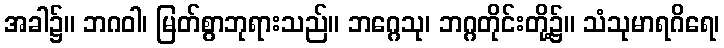
အခါ၌။ ဘဂဝါ၊ မြတ်စွာဘုရားသည်။ ဘဂ္ဂေသု၊ ဘဂ္ဂတိုင်းတို့၌။ သံသုမာရဂိရေ၊